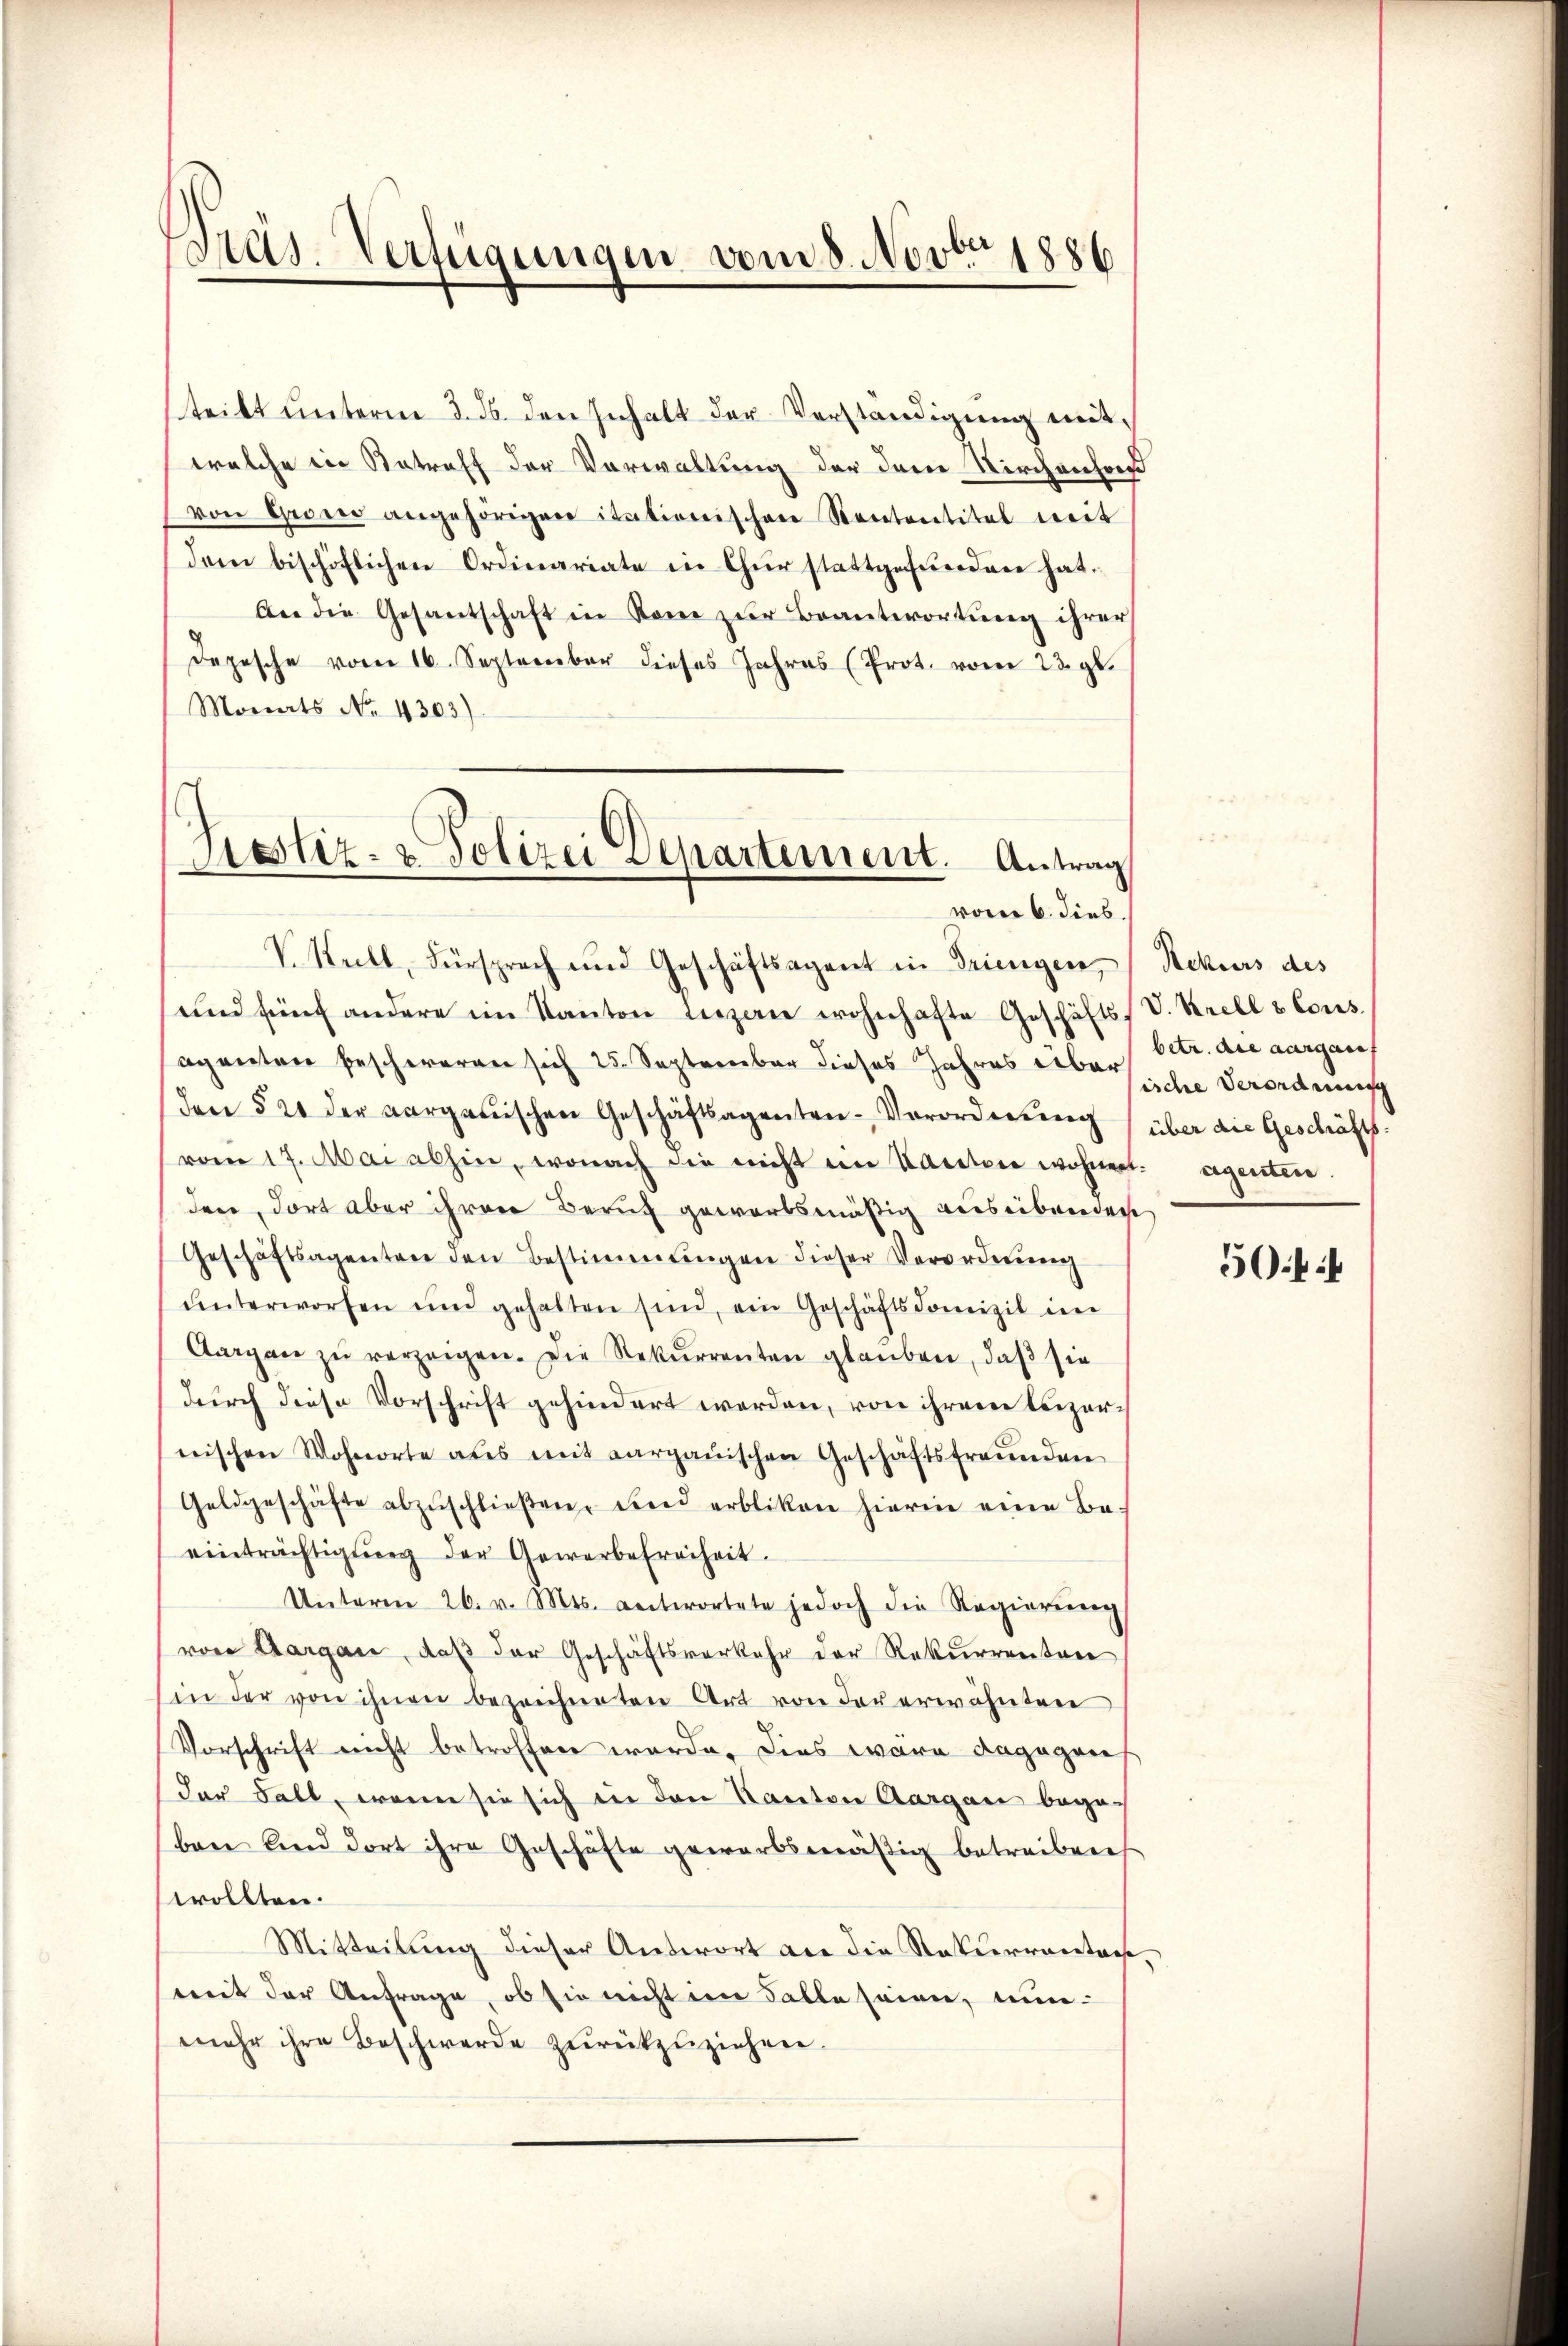
Präs. Verfügungen vom 8. Novbr 1886

teilt unterm 3. ds. den Inhalt der Verständigung mitwelche in Betreff der Vorwaltung der dem Kirchenhor
von Gegen angehörigen itationischen Rententitel weit
dem bischöflichen Ordinariate in Chur stattgefunden hat.
ber die Gesantschaft in Rom zur Beantwortung ihrer
Depesche vom 16. September dieses Jahres (Prot. vom 23. gl.
Monats No. 4303).

Testiz- & Polizei Departement. Antrag
vom 6. dies.
V. Keell, Fürsprach und Geschäftsagent in Triengen, Rekurs des

und fünf andere im Kanton Luzern wohnhafte Geschäfts V. Krell & Cons.
aganten beschweren sich 25. September dieses Jahres erbar betr. die aargau
den § 21 der aargauischen Geschäftsagenten-Verordnŭng über die Geschäfts:
vom 17. Mai abhin, wonach die nicht im Kantone wohnert. Agenten.
den, dort aber ihren Beruf geworbsmäßig auseibenden
Geschäftsagenten den Bestimmungen dieser Verordnŭng
ŭnterworfen und gehalten sind, ein Geschäftsdomizil im
Aargaŭ zŭ verzeigen. Die Rekurrenten glauben, daß sie
durch diese Vorschrift gehindert werden, von ihrem leizernischen Wohnorte aus mit Aargauischen Geschäftsfreŭnden
Geldgeschäfte abzŭschlieβen, und erbliken hierin eine Be-
einträchtigŭng der Gewerbefreiheit.
Unterm 26. v. Mts. antwortete jedoch die Regierŭng
von Aargare, daß der Geschäftsverkehr der Rekurrenten
in der von ihnen bezeichneten Art von der erwähnten
Vorschrift nicht betroffen werde, dies wäre dagegen
der Fall, wenn sie sich in den Kanton Aargau begobare Kind dort ihre Geschäfte gewarbsmäßig betreibens
trollten.
Mitteilung dieser Antwort an die Rekurrentonsmit der Anfrage, ob sie nicht im Falle seien, nunmehr ihre Beschwerde zurückzuziehen.

ische Verordnung
50ff